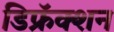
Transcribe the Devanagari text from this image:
डिफ्रॅक्शन